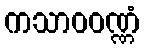
ကသာဝဝဏ္ဏံ